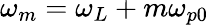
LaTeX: \omega_{m}=\omega_{L}+m\omega_{p0}